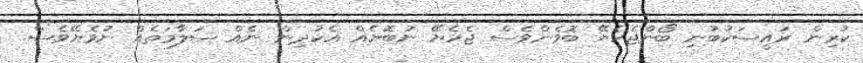
ކުރިން ރައީސަކުބުނި ބޯންޖެހެޔޭ ބޮވެންވެސް ޖެހެޔޭ ނުބޮޔެއް އެކުދިން ނެއް ސަލާމަތެއް ނުވެޔޭވެސް.